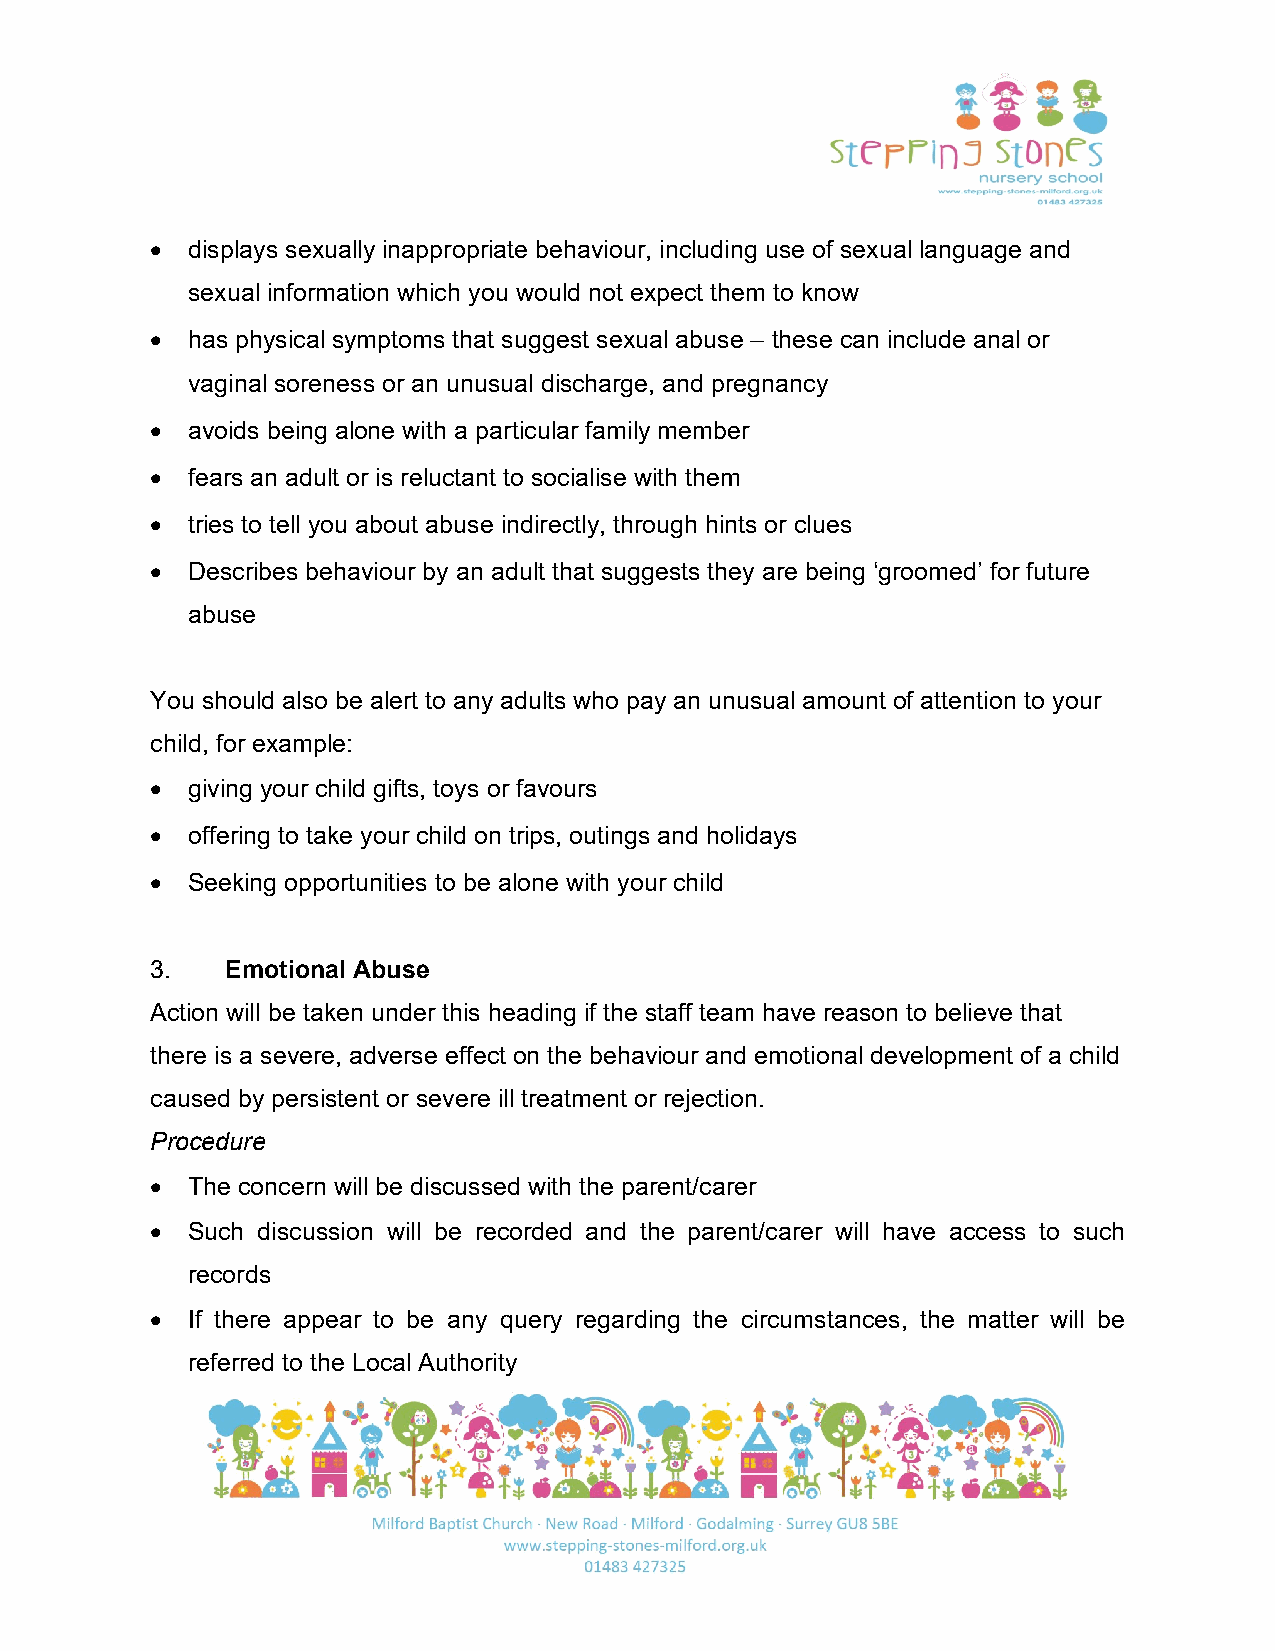
• displays sexually inappropriate behaviour, including use of sexual language and
 sexual information which you would not expect them to know
 • has physical symptoms that suggest sexual abuse – these can include anal or
 vaginal soreness or an unusual discharge, and pregnancy
 • avoids being alone with a particular family member
 • fears an adult or is reluctant to socialise with them
 • tries to tell you about abuse indirectly, through hints or clues
 • Describes behaviour by an adult that suggests they are being ‘groomed’ for future
 abuse
 You should also be alert to any adults who pay an unusual amount of attention to your
 child, for example:
 • giving your child gifts, toys or favours
 • offering to take your child on trips, outings and holidays
 • Seeking opportunities to be alone with your child
 3.   Emotional Abuse
 Action will be taken under this heading if the staff team have reason to believe that
 there is a severe, adverse effect on the behaviour and emotional development of a child
 caused by persistent or severe ill treatment or rejection.
 Procedure
 • The concern will be discussed with the parent/carer
 • Such discussion will be recorded and the parent/carer will have access to such
 records
 • If there appear to be any query regarding the circumstances, the matter will be
 referred to the Local Authority